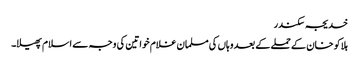
خدیجہ سکندر
ہلاکو خان کے حملے کے بعد وہاں کی مسلمان غلام خواتین کی وجہ سے اسلام پھیلا۔